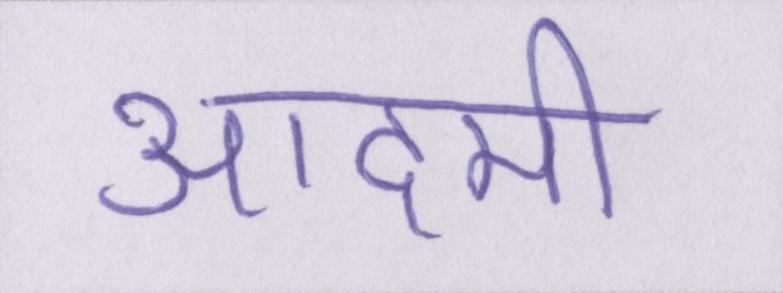
आदमी